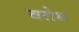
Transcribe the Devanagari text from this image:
वरोध